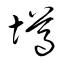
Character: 墫